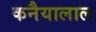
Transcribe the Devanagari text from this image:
कनैयालाल